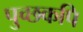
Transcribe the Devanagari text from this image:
पुच्छकपि